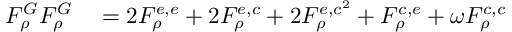
\begin{array} { r l } { F _ { \rho } ^ { G } F _ { \rho } ^ { G } } & { { } = 2 F _ { \rho } ^ { e , e } + 2 F _ { \rho } ^ { e , c } + 2 F _ { \rho } ^ { e , c ^ { 2 } } + F _ { \rho } ^ { c , e } + \omega F _ { \rho } ^ { c , c } } \end{array}